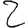
Digit: 2